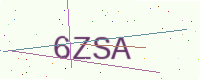
Text: 6ZSA